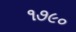
૧૭૯૦